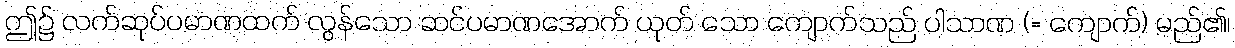
ဤ၌ လက်ဆုပ်ပမာဏထက် လွန်သော ဆင်ပမာဏအောက် ယုတ် သော ကျောက်သည် ပါသာဏ (= ကျောက်) မည်၏၊